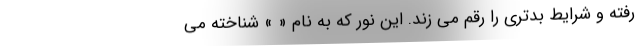
رفته و شرایط بدتری را رقم می زند. این نور که به نام « » شناخته می